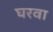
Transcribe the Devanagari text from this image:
घरवा